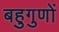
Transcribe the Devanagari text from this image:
बहुगुणों